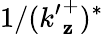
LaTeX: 1/({k^{\prime}}_{\mathbf{z}}^{+})^{*}